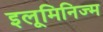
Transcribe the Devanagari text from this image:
इलूमिनिज्म